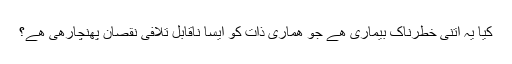
کیا یہ اتنی خطرناک بیماری ھے جو ھماری ذات کو ایسا ناقابل تلافی نقصان پھنچارھی ھے؟